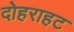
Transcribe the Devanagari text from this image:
दोहराहट